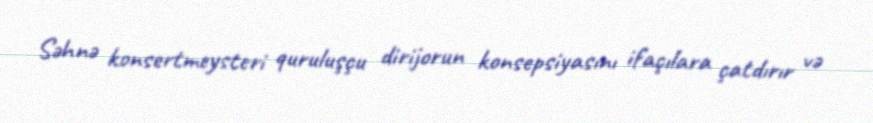
Səhnə konsertmeysteri quruluşçu dirijorun konsepsiyasını ifaçılara çatdırır və